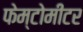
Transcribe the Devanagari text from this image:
फेम्टोमीटर